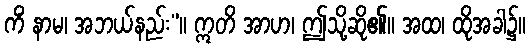
ကိံ နာမ၊ အဘယ်နည်း”။ ဣတိ အာဟ၊ ဤသို့ဆို၏။ အထ၊ ထိုအခါ၌။